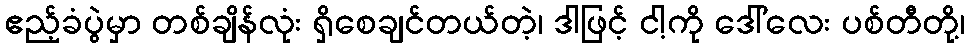
ဧည့်ခံပွဲမှာ တစ်ချိန်လုံး ရှိစေချင်တယ်တဲ့၊ ဒါဖြင့် ငါ့ကို ဒေါ်လေး ပစ်တီတို့၊